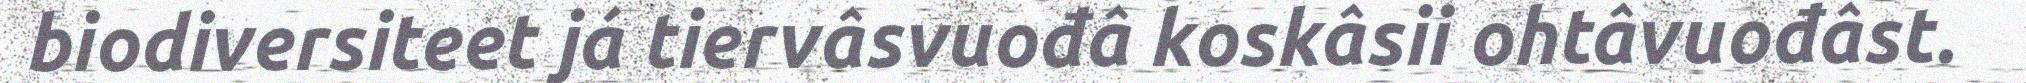
biodiversiteet já tiervâsvuođâ koskâsii ohtâvuođâst.